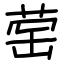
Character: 䓨